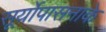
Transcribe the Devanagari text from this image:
सूर्योपासनाके